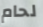
لحام